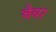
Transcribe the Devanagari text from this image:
बैबर